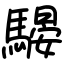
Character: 騴